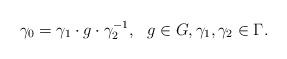
LaTeX: \begin{align*}\gamma _0=\gamma_1\cdot g \cdot\gamma _2^{-1},\ \ g\in G,\gamma_1 ,\gamma _2\in \Gamma.\end{align*}